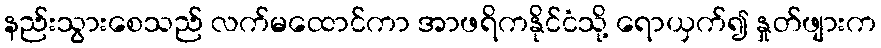
နည်းသွားစေသည် လက်မထောင်ကာ အာဖရိကနိုင်ငံသို့ ရောယှက်၍ နှုတ်ဖျားက